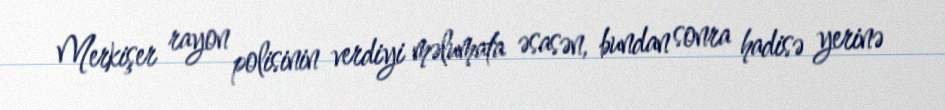
Merkişer rayon polisinin verdiyi məlumata əsasən, bundan sonra hadisə yerinə